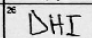
Transcription: DHI